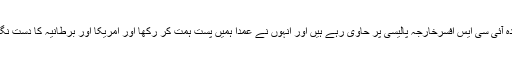
حقیقت یہ ہے کہ قیام پاکستان کے بعد سے ، انگریزوں کے دور کے پروردہ آئی سی ایس افسرخارجہ پالیسی پر حاوی رہے ہیں اور انہوں نے عمدا ہمیں پست ہمت کر رکھا اور امریکا اور برطانیہ کا دست نگر رکھنے کی کوشش کی تاکہ ہم آزاد خارجہ پالیسی کی راہ اختیار نہ کریں۔